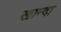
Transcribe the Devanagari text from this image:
खान्दा